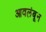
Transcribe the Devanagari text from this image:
आवलंबून